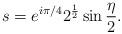
LaTeX: \begin{align*}s=e^{i \pi/4}2^{1\over 2}\sin{\eta\over 2}.\end{align*}